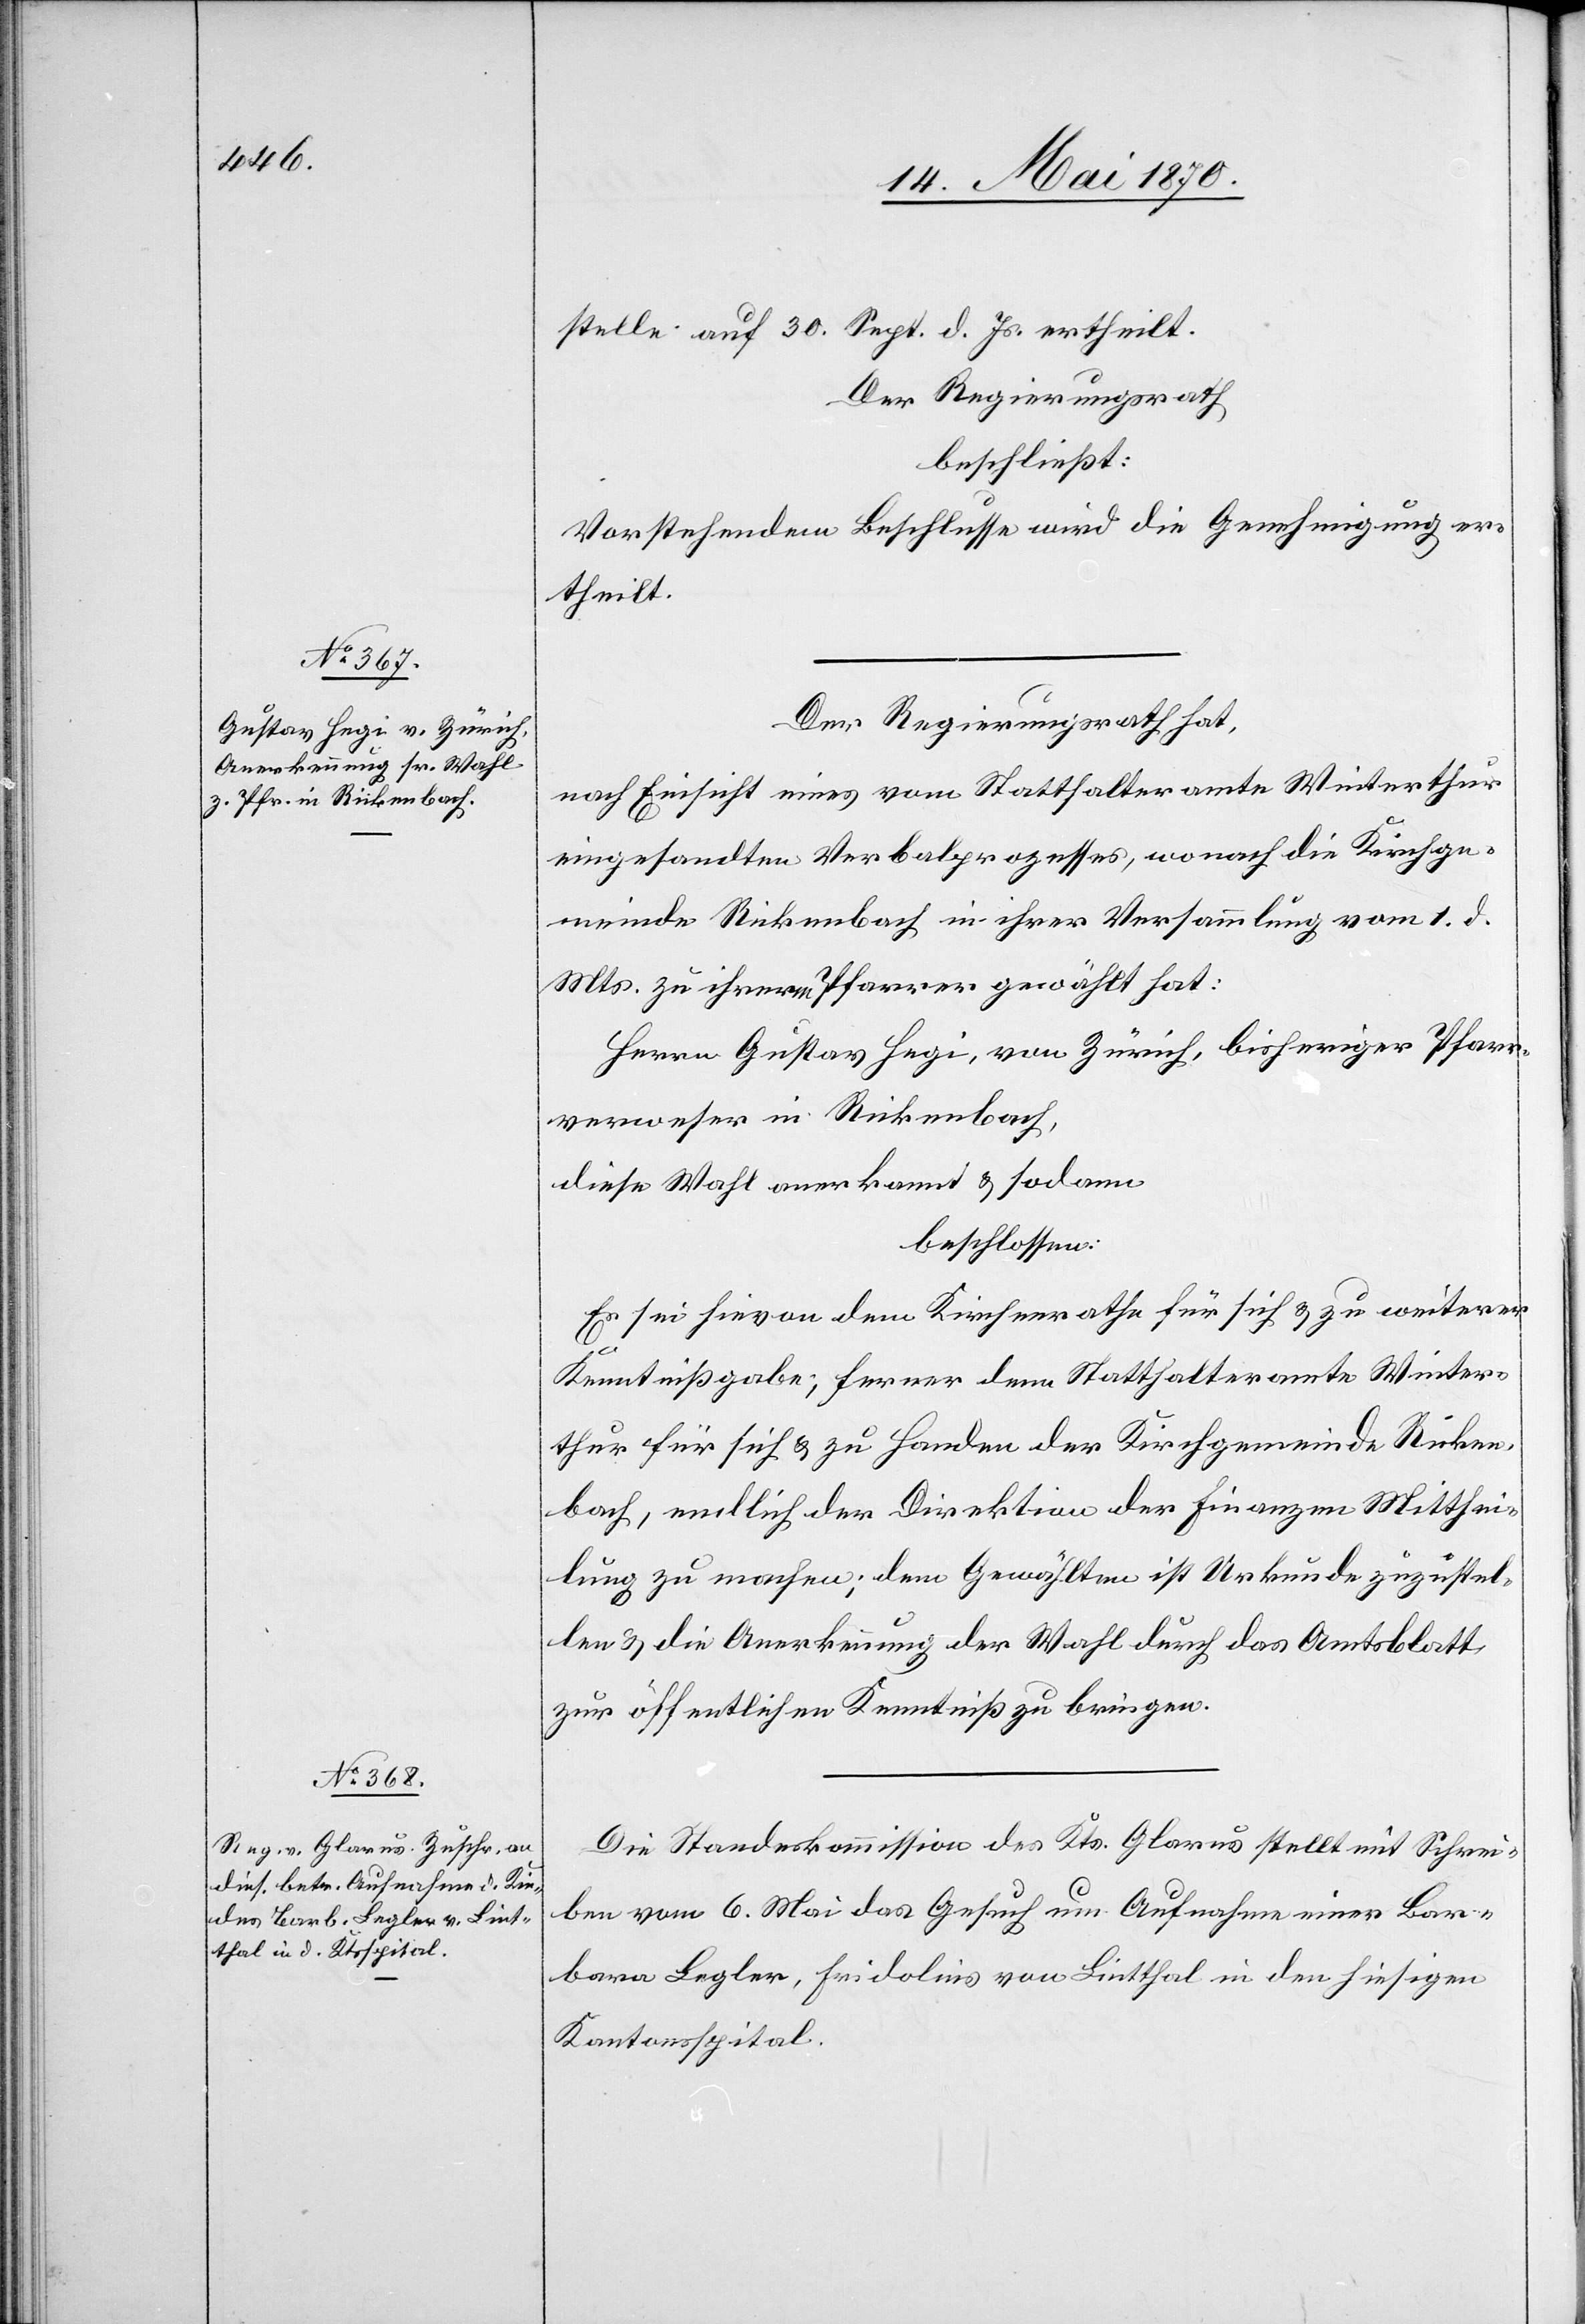
stelle auf 30. Sept. d. Js. ertheilt.
Der Regierungsrath
beschließt:
Vorstehendem Beschlusse wird die Genehmigung er¬
theilt.
Der Regierungsrath hat,
nach Einsicht eines vom Statthalteramte Winterthur
eingesandten Verbalprozesses, wonach die Kirchge¬
meinde Rickenbach in ihrer Versammlung vom 1. d.
Mts. zu ihrem Pfarrer gewählt hat:
Herrn Gustav Hegi, von Zürich, bisheriger Pfarr¬
verweser in Rickenbach,
diese Wahl anerkannt & sodann
beschlossen:
Es sei hievon dem Kirchenrathe für sich & zu weiterer
Kenntnißgabe; ferner dem Statthalteramt Winter¬
thur für sich & zu Handen der Kirchgemeinde Ricken¬
bach, endlich der Direktion der Finanzen Mitthei¬
lung zu machen; dem Gewählten ist Urkunde zuzustel¬
len & die Anerkennung der Wahl durch das Amtsblatt
zur öffentlichen Kenntniß zu bringen.
Die Standeskommission des Kts. Glarus stellt mit Schrei¬
ben vom 6. Mai das Gesuch um Aufnahme einer Bar¬
bara Legler, Fridolins von Lintthal in den hiesigen
Kantonsspital.